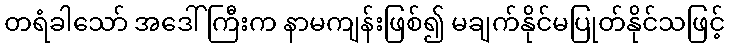
တရံခါသော် အဒေါ်ကြီးက နာမကျန်းဖြစ်၍ မချက်နိုင်မပြုတ်နိုင်သဖြင့်